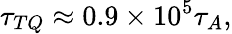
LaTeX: \tau_{TQ}\approx 0.9\times 10^{5}\tau_{A},